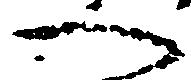
へ